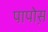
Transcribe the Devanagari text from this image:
पापोस़